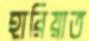
হারিয়াত